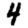
Digit: 4